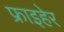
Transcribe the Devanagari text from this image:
फ्राइहेर